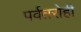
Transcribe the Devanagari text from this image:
पर्वतरोही